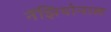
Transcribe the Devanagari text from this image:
नॅझियोनाल